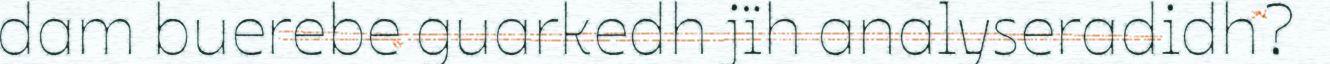
dam buerebe guarkedh jïh analyseradidh?